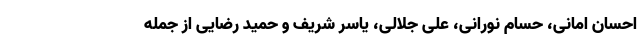
احسان امانی، حسام نورانی، علی جلالی، یاسر شریف و حمید رضایی از جمله